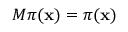
M \pi ( \mathbf { x } ) = \pi ( \mathbf { x } )